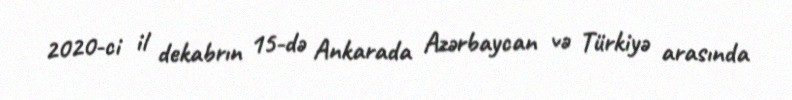
2020-ci il dekabrın 15-də Ankarada Azərbaycan və Türkiyə arasında